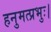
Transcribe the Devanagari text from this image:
हनुमत्प्रभुः।